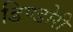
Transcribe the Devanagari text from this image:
डिण्डोरी